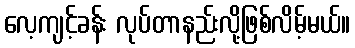
လေ့ကျင့်ခန်း လုပ်တာနည်းလို့ဖြစ်လိမ့်မယ်။